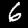
Label: 6